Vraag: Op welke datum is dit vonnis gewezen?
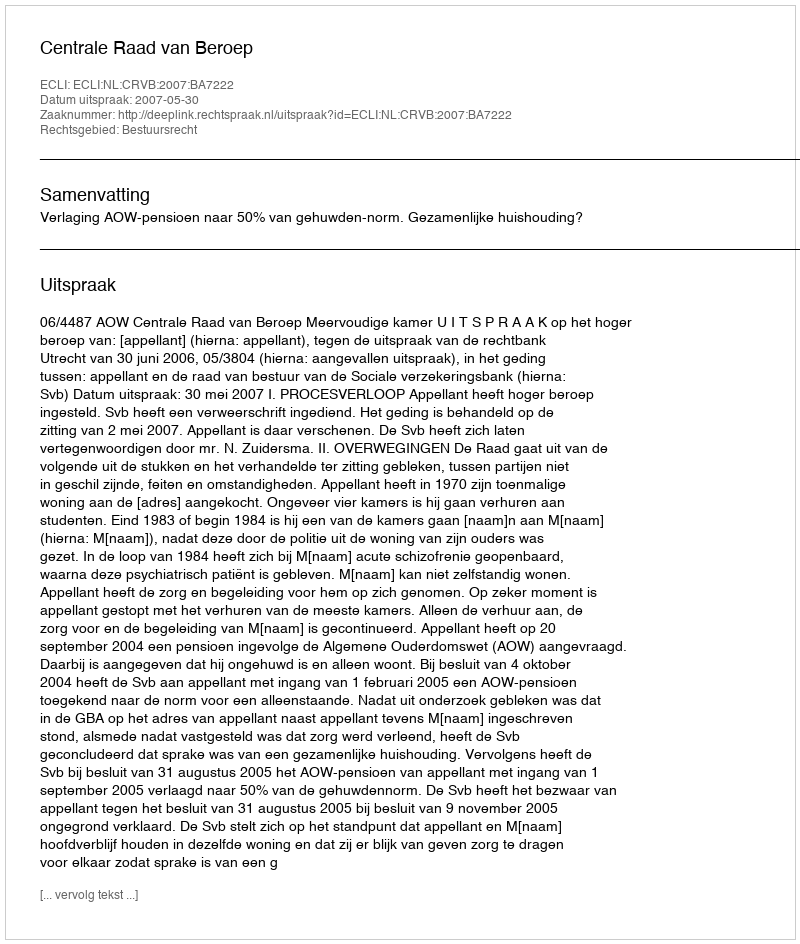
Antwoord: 2007-05-30